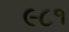
૯૮૧